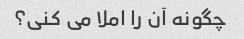
چگونه آن را املا می کنی؟